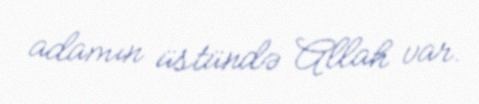
adamın üstündə Allah var.